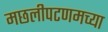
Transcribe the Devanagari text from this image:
मछलीपटणमच्या